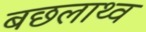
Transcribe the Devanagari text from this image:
बछलाथ्व